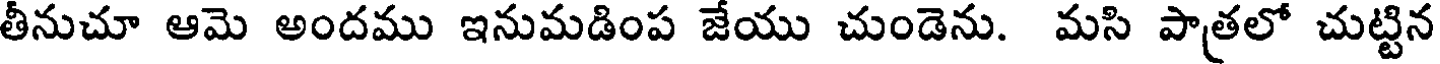
తీనుచూ ఆమె అందము ఇనుమడింప జేయు చుండెను. మసి పాత్రలో చుట్టిన